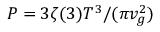
P = 3 \zeta ( 3 ) T ^ { 3 } / ( \pi v _ { g } ^ { 2 } )